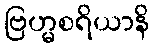
ဗြဟ္မစရိယာနိ